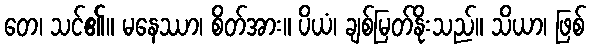
တေ၊ သင်၏။ မနေဿာ၊ စိတ်အား။ ပိယံ၊ ချစ်မြတ်နိုးသည်။ သိယာ၊ ဖြစ်